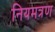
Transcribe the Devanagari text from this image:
नियमत्रण